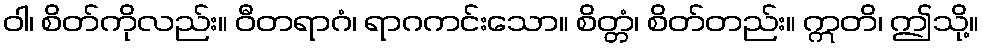
ဝါ၊ စိတ်ကိုလည်း။ ဝီတရာဂံ၊ ရာဂကင်းသော။ စိတ္တံ၊ စိတ်တည်း။ ဣတိ၊ ဤသို့။